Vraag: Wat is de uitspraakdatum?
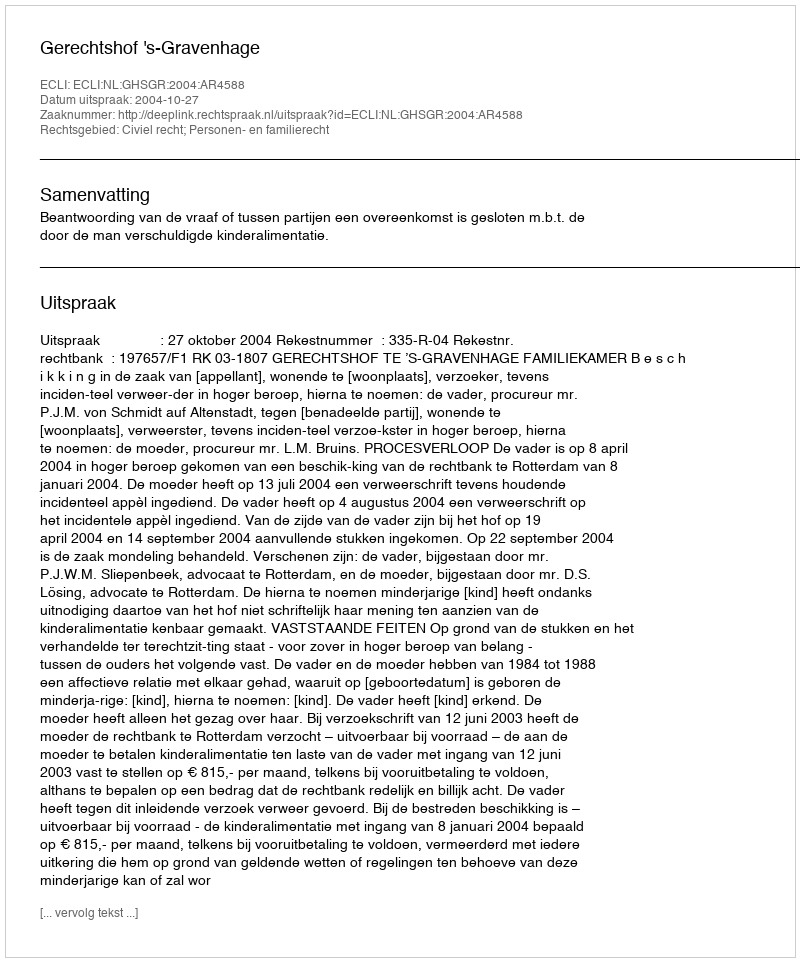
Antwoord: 2004-10-27